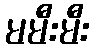
မမီးမီး